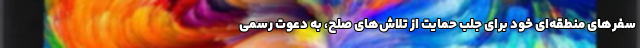
سفرهای منطقه‌ای خود برای جلب حمایت از تلاش‌های صلح، به دعوت رسمی